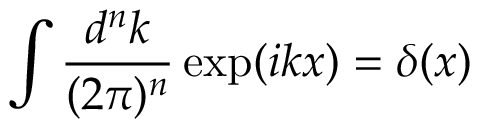
\int \frac { d ^ { n } k } { ( 2 \pi ) ^ { n } } \exp ( i k x ) = \delta ( x )